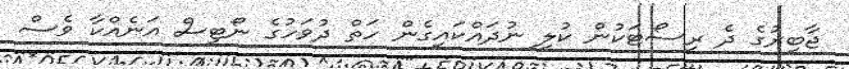
ޖާބިރުގެ ދެ ރިސޯޓަކުން ކުލި ނުދައްކައިގެން ހަތް ދުވަހުގެ ނޯޓިސް އަނެއްކާ ވެސް